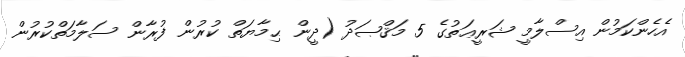
އެހެންކަމުން އިސްލާމީ ޝަރީޢަތުގެ 5 މަޤްޞަދު (ދީން ޙިމާޔަތް ކުރުން ފުރާން ސަލާމަތްކުރުން